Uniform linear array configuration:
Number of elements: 32
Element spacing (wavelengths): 1
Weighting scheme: cosine
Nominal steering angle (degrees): -60
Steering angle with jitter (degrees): -58.495
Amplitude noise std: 0.05
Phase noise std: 0.05

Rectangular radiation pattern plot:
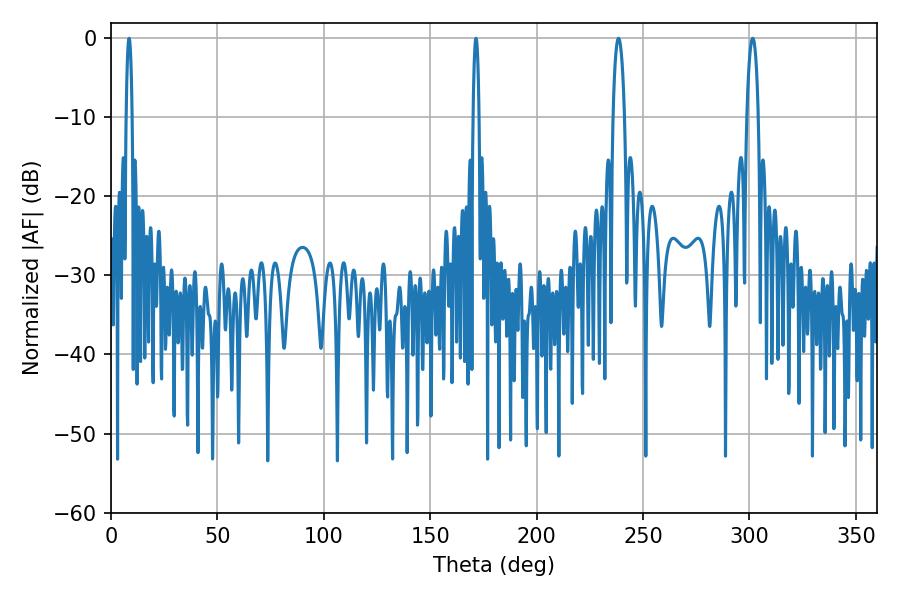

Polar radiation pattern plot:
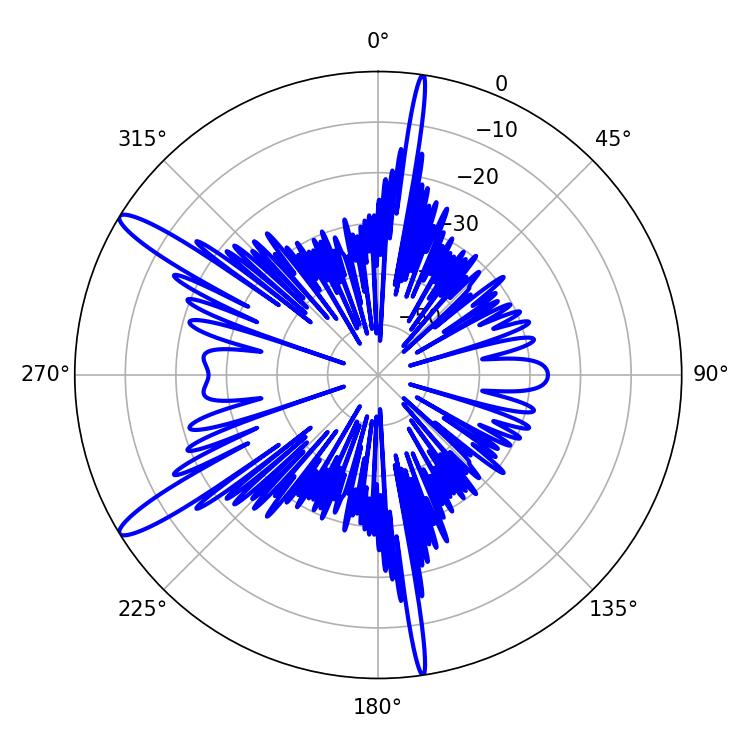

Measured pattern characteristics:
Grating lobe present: TRUE
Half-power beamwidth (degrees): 2.88
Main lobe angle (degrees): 301.5